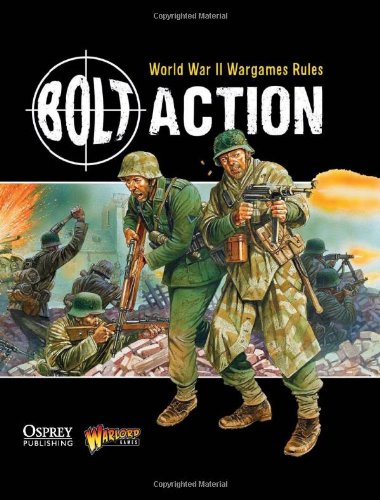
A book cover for Bolt Action: World War II Wargames Rules: World War II Wargaming Rules; Warlord Games; History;